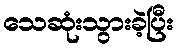
သေဆုံးသွားခဲ့ပြီး